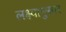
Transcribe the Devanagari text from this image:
लक्ष्यानुसार